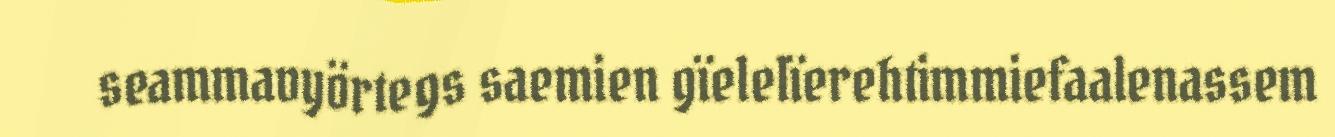
seammavyörtegs saemien gïelelïerehtimmiefaalenassem